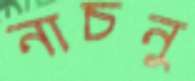
নাচনু